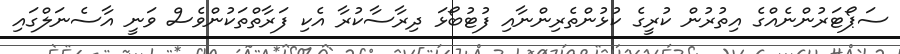
ސަޕޯޓަރުންނެއްގެ އިތުރުން ކުރީގެ ކުޅުންތެރިންނާއި ފުޓުބޯޅަ ދިރާސާކުރާ އެކި ފަރާތްތަކުންވެސް ވަނީ އާސެނަލްގައި